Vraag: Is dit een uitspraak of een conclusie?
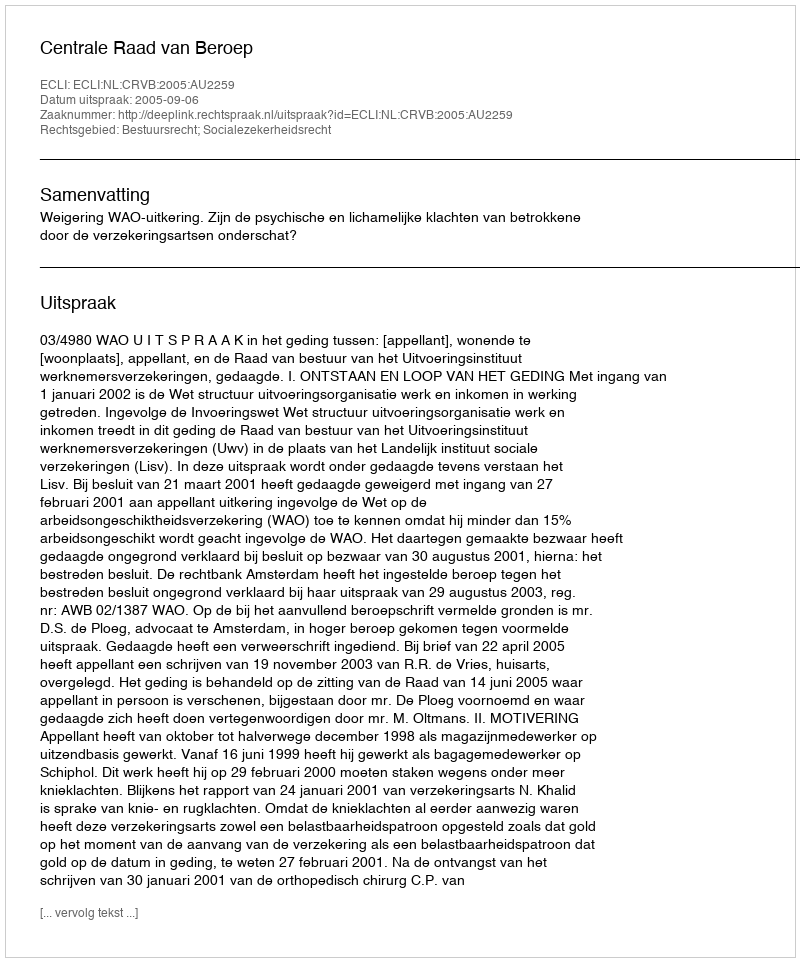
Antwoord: Uitspraak